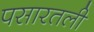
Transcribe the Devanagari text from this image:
पसारतली